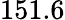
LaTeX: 151.6